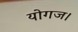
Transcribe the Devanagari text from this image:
योगज।